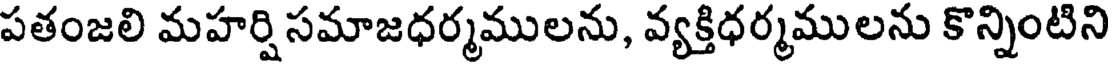
పతంజలి మహర్షి సమాజధర్మములను, వ్యక్తిధర్మములను కొన్నింటిని